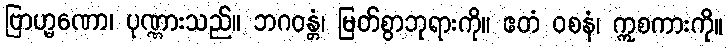
ဗြာဟ္မဏော၊ ပုဏ္ဏားသည်။ ဘဂဝန္တံ၊ မြတ်စွာဘုရားကို။ ဧတံ ဝစနံ၊ ဣစကားကို။